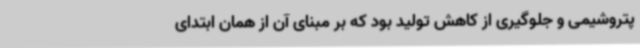
پتروشیمی و جلوگیری از کاهش تولید بود که بر مبنای آن از همان ابتدای